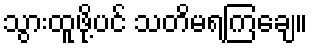
သွားထူဖို့ပင် သတိမရကြချေ။